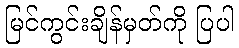
မြင်ကွင်းချိန်မှတ်ကို ပြပါ